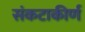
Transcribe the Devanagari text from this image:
संकटाकीर्ण